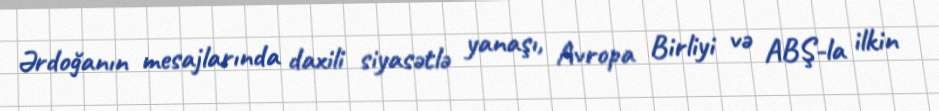
Ərdoğanın mesajlarında daxili siyasətlə yanaşı, Avropa Birliyi və ABŞ-la ilkin